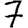
Digit: 7